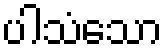
ပါသံသော